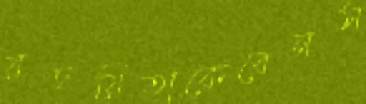
রচয়িতাকেবেনস